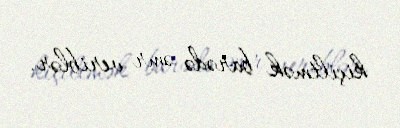
kiçiltmək barədə əmr veriblər.